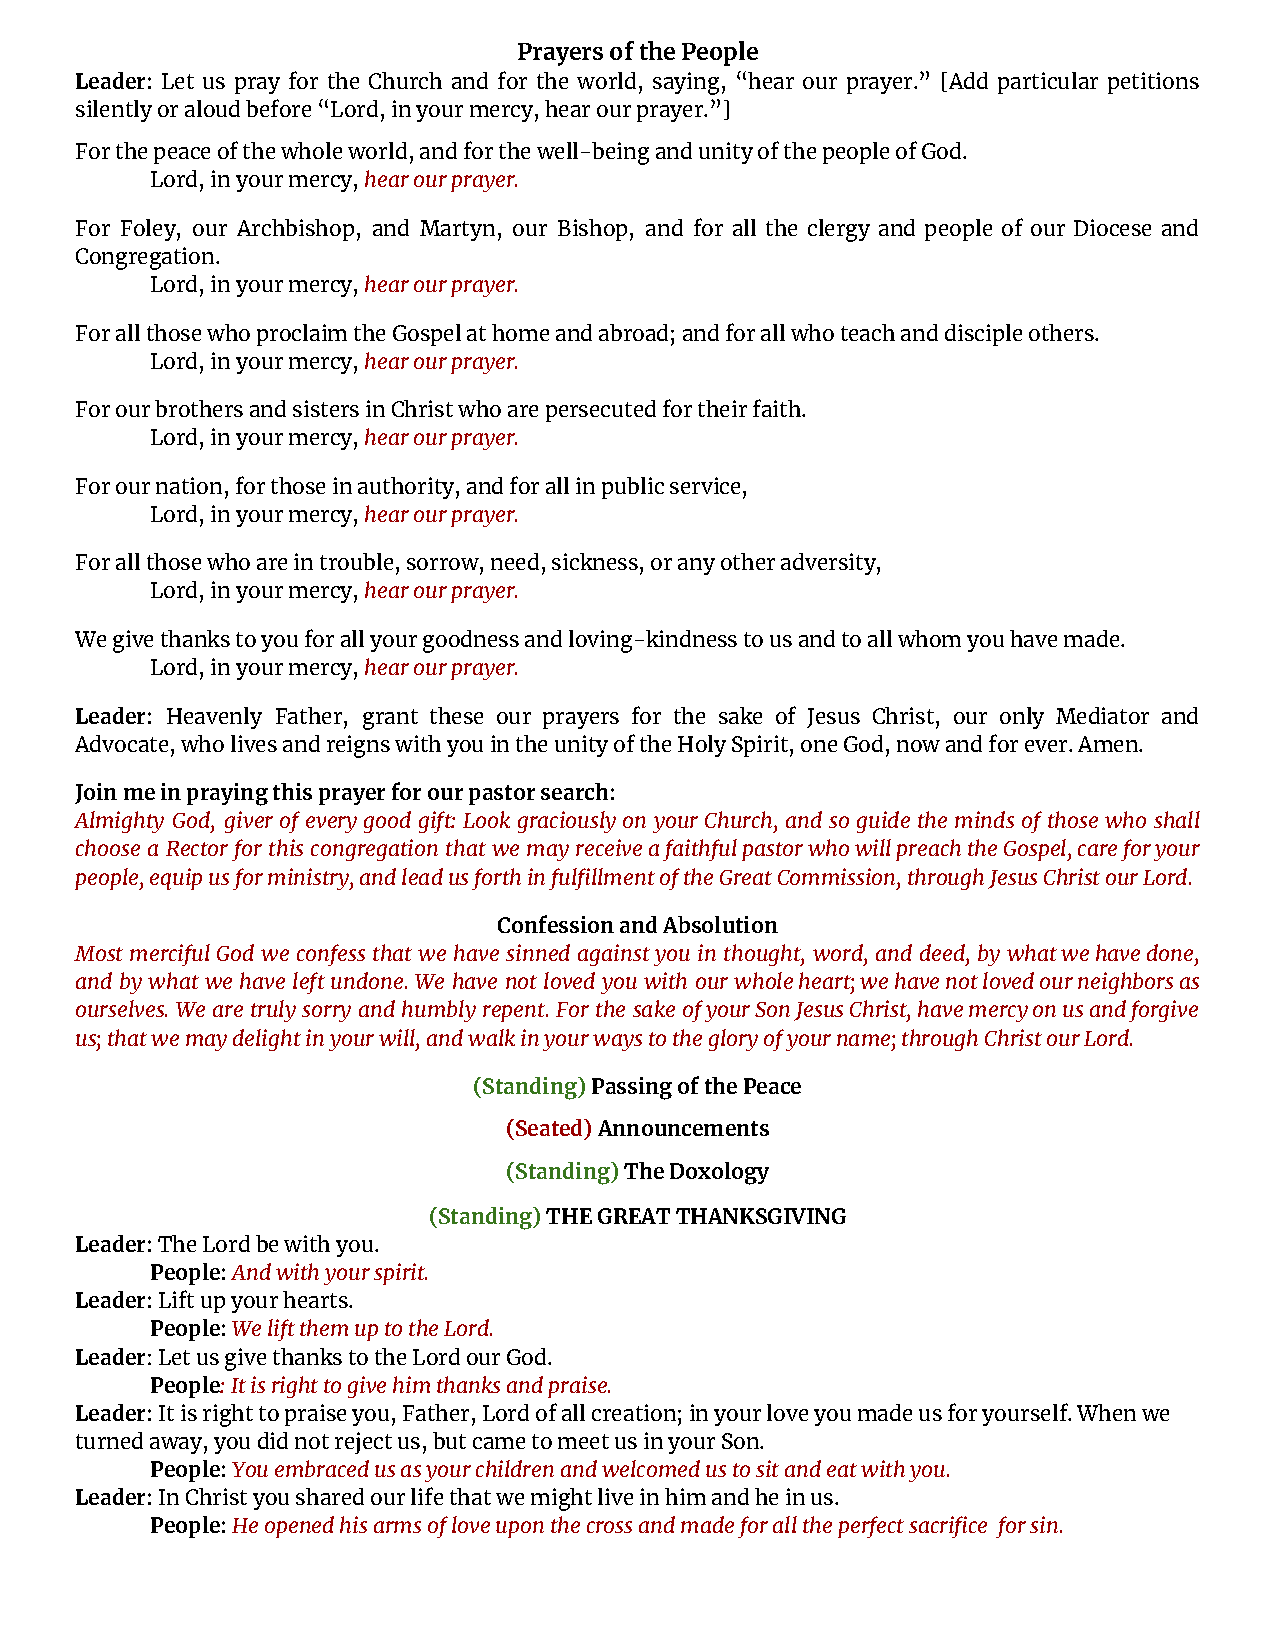
Prayers of the People
 Leader: Let us pray for the Church and for the world, saying, “hear our prayer.” [Add particular petitions
 silently or aloud before “Lord, in your mercy, hear our prayer.”]
 For the peace of the whole world, and for the well-being and unity of the people of God.
 Lord, in your mercy,hear our prayer.
 For Foley, our Archbishop, and Martyn, our Bishop, and for all the clergy and people of our Diocese and
 Congregation.
 Lord, in your mercy,hear our prayer.
 For all those who proclaim the Gospel at home and abroad; and for all who teach and disciple others.
 Lord, in your mercy,hear our prayer.
 For our brothers and sisters in Christ who are persecuted for their faith.
 Lord, in your mercy,hear our prayer.
 For our nation, for those in authority, and for all in public service,
 Lord, in your mercy,hear our prayer.
 For all those who are in trouble, sorrow, need, sickness, or any other adversity,
 Lord, in your mercy,hear our prayer.
 We give thanks to you for all your goodness and loving-kindness to us and to all whom you have made.
 Lord, in your mercy,hear our prayer.
 Leader: Heavenly Father, grant these our prayers for the sake of Jesus Christ, our only Mediator and
 Advocate, who lives and reigns with you in the unity of the Holy Spirit, one God, now and for ever. Amen.
 Join me in praying this prayer for our pastor search:
 Almighty God, giver of every good gift: Look graciously on your Church, and so guide the minds of those who shall
 choose a Rector for this congregation that we may receiveafaithfulpastorwhowillpreachtheGospel,careforyour
 people, equip us for ministry, and lead us forth in fulfillment of the Great Commission, through Jesus Christ our Lord.
 Confession and Absolution
 Most merciful God we confess that we have sinned against you in thought, word, and deed, by whatwehavedone,
 and by what we have left undone. We have not loved you with our wholeheart;wehavenotlovedourneighborsas
 ourselves. We are truly sorry and humbly repent. For the sake ofyourSonJesusChrist,havemercyonusandforgive
 us; that we may delight in your will, and walk in your ways to the glory of your name; through Christ our Lord.
 (Standing)Passing of the Peace
 (Seated)Announcements
 (Standing)The Doxology
 (Standing)THE GREAT THANKSGIVING
 Leader:The Lord be with you.
 People:And with your spirit.
 Leader:Lift up your hearts.
 People:We lift them up to the Lord.
 Leader: Let us give thanks to the Lord our God.
 People: It is right to give him thanks and praise.
 Leader:It is right to praise you, Father, Lord ofall creation; in your love you made us for yourself. When we
 turned away, you did not reject us, but came to meet us in your Son.
 People:You embraced us as your children and welcomedus to sit and eat with you.
 Leader:In Christ you shared our life that we mightlive in him and he in us.
 People:He opened his arms of love upon the crossand made for all the perfect sacrifice for sin.